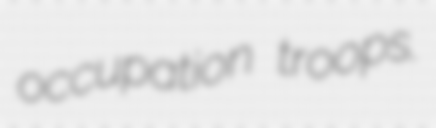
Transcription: occupation troops.